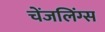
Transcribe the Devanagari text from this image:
चेंजलिंग्स